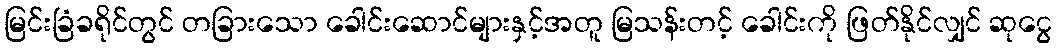
မြင်းခြံခရိုင်တွင် တခြားသော ခေါင်းဆောင်များနှင့်အတူ မြသန်းတင့် ခေါင်းကို ဖြတ်နိုင်လျှင် ဆုငွေ